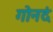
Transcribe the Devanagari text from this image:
गोनदं